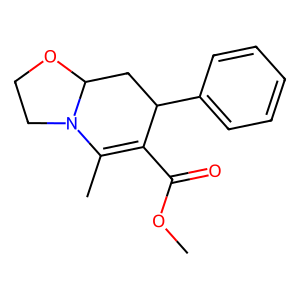
SMILES: COC(=O)C1=C(C)N2CCOC2CC1c1ccccc1
Inhibits HIV replication: No